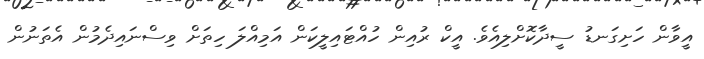
އީވާން ހަށިގަނޑު ސީދާކޮށްލިއެވެ. އީކް ރުއިން ހުއްޓައިލީކަން އަމިއްލަ ހިތަށް ވިސްނައިދެމުން އެތަނުން